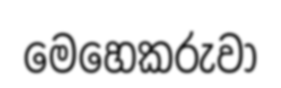
මෙහෙකරුවා